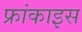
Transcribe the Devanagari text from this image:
फ्रांकाइस